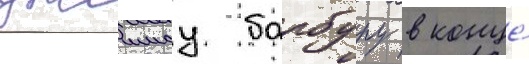
джеимсу барбуру в конце́